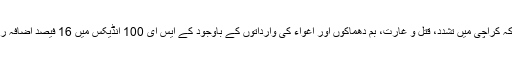
انہوں نے کہاکہ کراچی میں تشدد، قتل و غارت، بم دھماکوں اور اغواء کی وارداتوں کے باوجود کے ایس ای 100 انڈیکس میں 16 فیصد اضافہ ریکارڈ کیا گیا۔